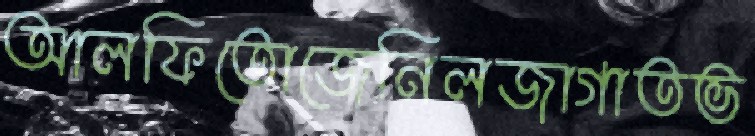
আলফিতোজেনিলজাগাতভ